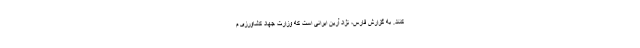
کنند. به گزارش فارس، نژاد آرین ایرانی است که وزارت جهاد کشاورزی م